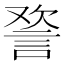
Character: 𰴸